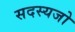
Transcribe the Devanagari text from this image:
सदस्यजो